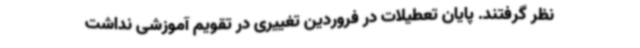
نظر گرفتند. پایان تعطیلات در فروردین تغییری در تقویم آموزشی نداشت